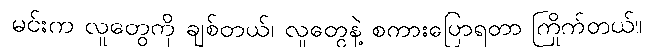
မင်းက လူတွေကို ချစ်တယ်၊ လူတွေနဲ့ စကားပြောရတာ ကြိုက်တယ်။